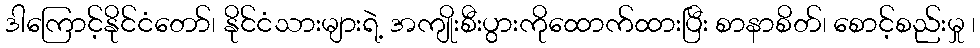
ဒါကြောင့်နိုင်ငံတော်၊ နိုင်ငံသားများရဲ့ အကျိုးစီးပွားကိုထောက်ထားပြီး စာနာစိတ်၊ စောင့်စည်းမှု ၊